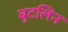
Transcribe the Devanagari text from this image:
बुटलिन